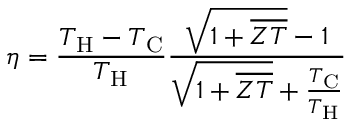
\eta = \frac { T _ { \mathrm { H } } - T _ { \mathrm { C } } } { T _ { \mathrm { H } } } \frac { \sqrt { 1 + \overline { { Z T } } } - 1 } { \sqrt { 1 + \overline { { Z T } } } + \frac { T _ { \mathrm { C } } } { T _ { \mathrm { H } } } }